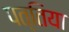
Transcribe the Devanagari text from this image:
पत्तिया